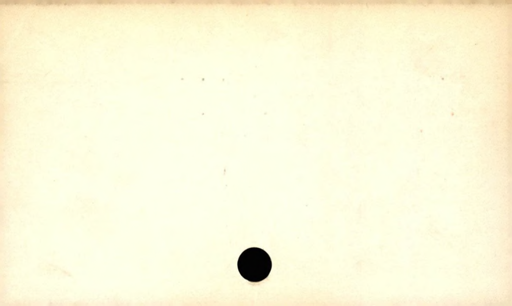
Label: divider